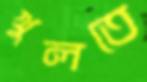
খুলতে